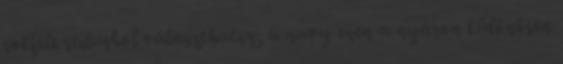
sokféle stílusból választhatsz, a navy ezen a nyáron különösen